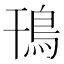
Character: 鳱